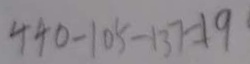
4 4 0 - 1 0 5 - 1 3 7 = 1 9